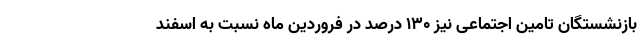
بازنشستگان تامین اجتماعی نیز ۱۳۰ درصد در فروردین ماه نسبت به اسفند